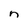
Character: n